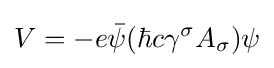
V=-e{\bar {\psi }}(\hbar c\gamma ^{\sigma }A_{\sigma })\psi